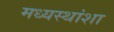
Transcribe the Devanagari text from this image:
मध्यस्थांशा